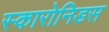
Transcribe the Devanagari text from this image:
स्कारोनिडस